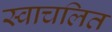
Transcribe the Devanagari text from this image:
स्वाचलित